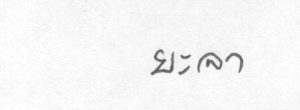
ยะลา